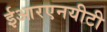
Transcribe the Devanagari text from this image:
ईआरएनयीटी